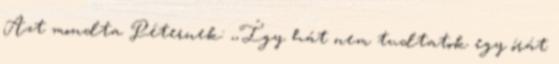
Azt mondta Péternek: ,,Így hát nem tudtatok egy órát